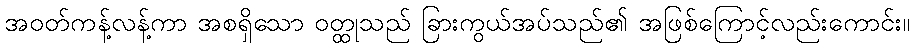
အဝတ်ကန့်လန့်ကာ အစရှိသော ဝတ္ထုသည် ခြားကွယ်အပ်သည်၏ အဖြစ်ကြောင့်လည်းကောင်း။